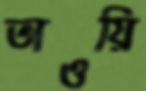
তাওয়ি